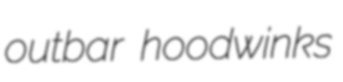
outbar hoodwinks